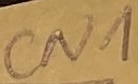
Text: CN1